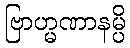
ဗြာဟ္မဏာနမ္ပိ